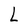
Character: L